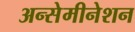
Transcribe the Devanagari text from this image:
अन्सेमीनेशन